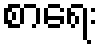
စာရေး